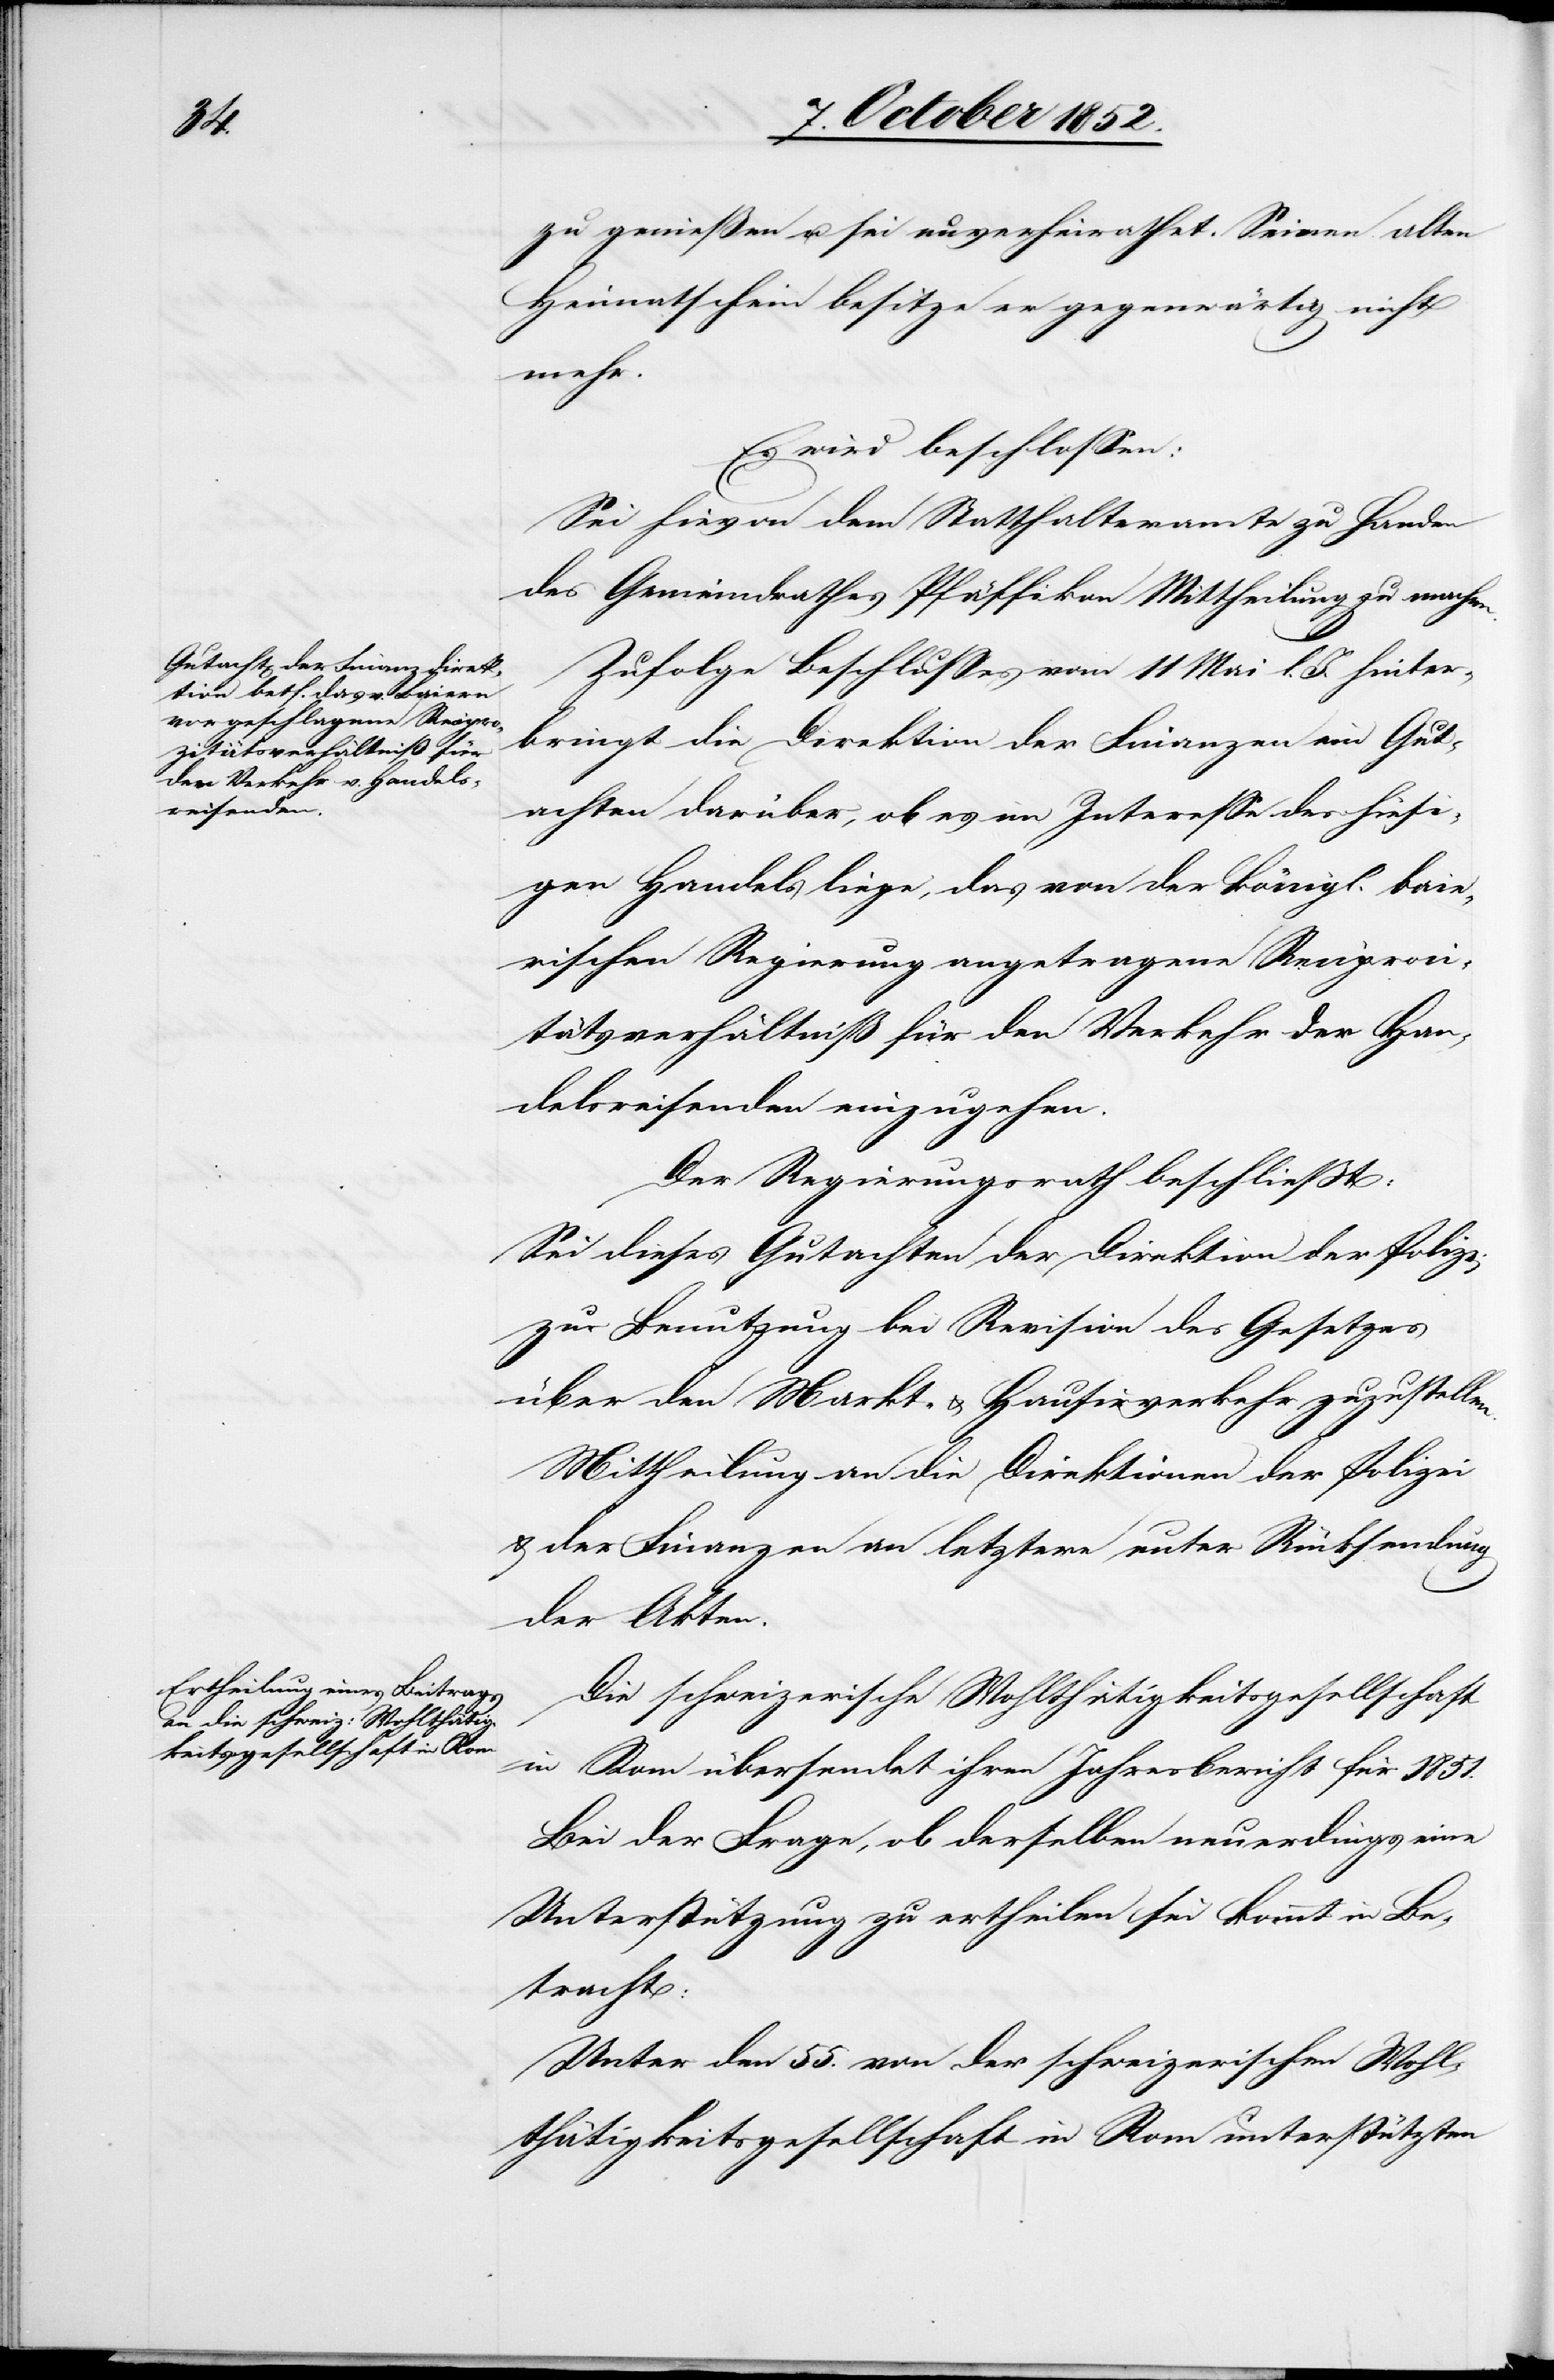
zu genießen u. sei unverheirathet. Seinen alten
Heimatschein besitze er gegenwärtig nicht
mehr.
Es wird beschlossen:
Sei hievon dem Statthalteramte zu Handen
des Gemeindrathes Pfäffikon Mittheilung zu machen.
Zufolge Beschlusses vom 11 Mai l. J. hinter¬
bringt die Direktion der Finanzen ein Gut¬
achten darüber, ob es im Interesse des hiesi¬
gen Handels liege, das von der königl. baie¬
rischen Regierung angetragene Reciproci¬
tätsverhältniß für den Verkehr der Han¬
delsreisenden einzugehen.
Der Regierungsrath beschließt:
Sei dieses Gutachten der Direktion der Polizei
zur Benutzung bei Revision des Gesetzes
über den Markt- & Hausirverkehr zuzustellen.
Mittheilung an die Direktionen der Polizei
& der Finanzen an letztere unter Rücksendung
der Akten.
Die schweizerische Wohlthätigkeitsgesellschaft
in Rom übersendet ihren Jahresbericht für 1851.
Bei der Frage, ob derselben neuerdings eine
Unterstützung zu ertheilen sei kommt in Be¬
tracht:
Unter den 55. von der schweizerischen Wohl¬
thätigkeitsgesellschaft in Rom unterstützten